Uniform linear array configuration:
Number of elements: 12
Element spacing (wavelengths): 0.75
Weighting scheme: blackman
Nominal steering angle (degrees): -30
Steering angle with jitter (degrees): -31.007
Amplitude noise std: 0.05
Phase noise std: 0.05

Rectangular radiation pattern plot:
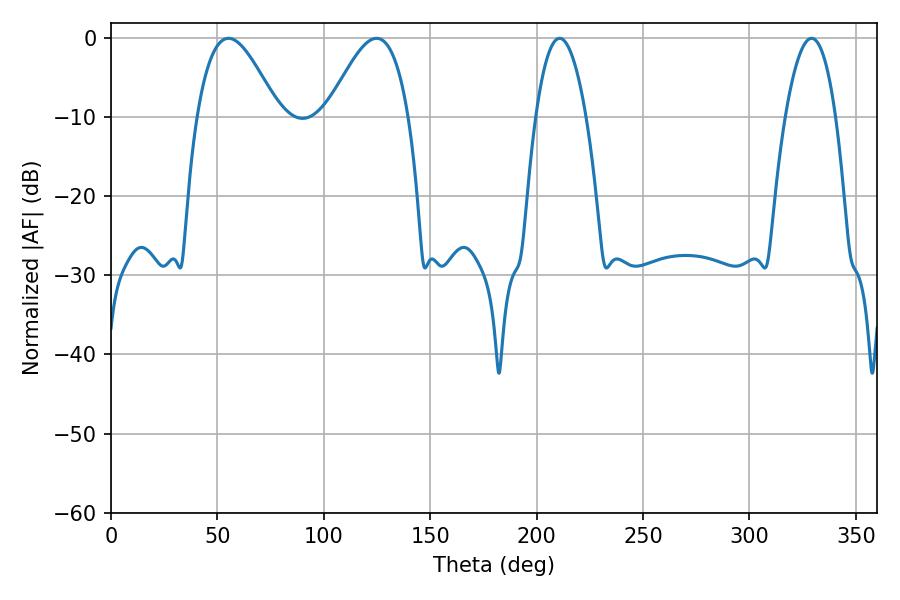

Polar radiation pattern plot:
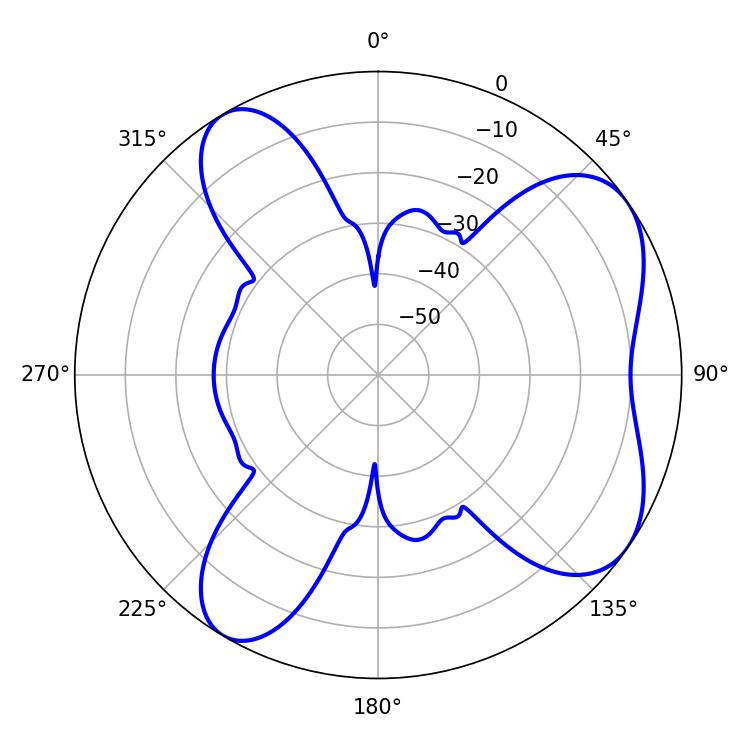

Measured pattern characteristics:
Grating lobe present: TRUE
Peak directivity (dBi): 6.631
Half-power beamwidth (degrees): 12.96
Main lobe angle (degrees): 210.78